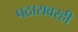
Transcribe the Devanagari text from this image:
पठारावरही